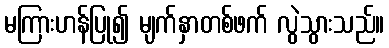
မကြားဟန်ပြု၍ မျက်နှာတစ်ဖက် လွဲသွားသည်။